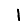
Digit: 1